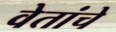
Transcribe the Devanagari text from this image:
वेतांचे